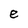
Character: e